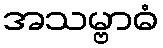
အသမ္ဗာဓံ